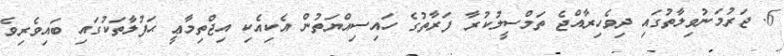
6. ޖަރުމަނުވިލާތުގައި ދިވެހިރާއްޖެ ތަމްސީލުކުރާ ފަރާތުގެ ހައިސިއްޔަތުން އެކިއެކި އިޖްތިމާޢީ ޙަފުލާތަކުގައި ބައިވެރިވެ